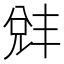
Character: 𫤛